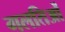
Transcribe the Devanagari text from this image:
गलतिओं